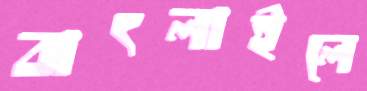
বাৎলাইলে